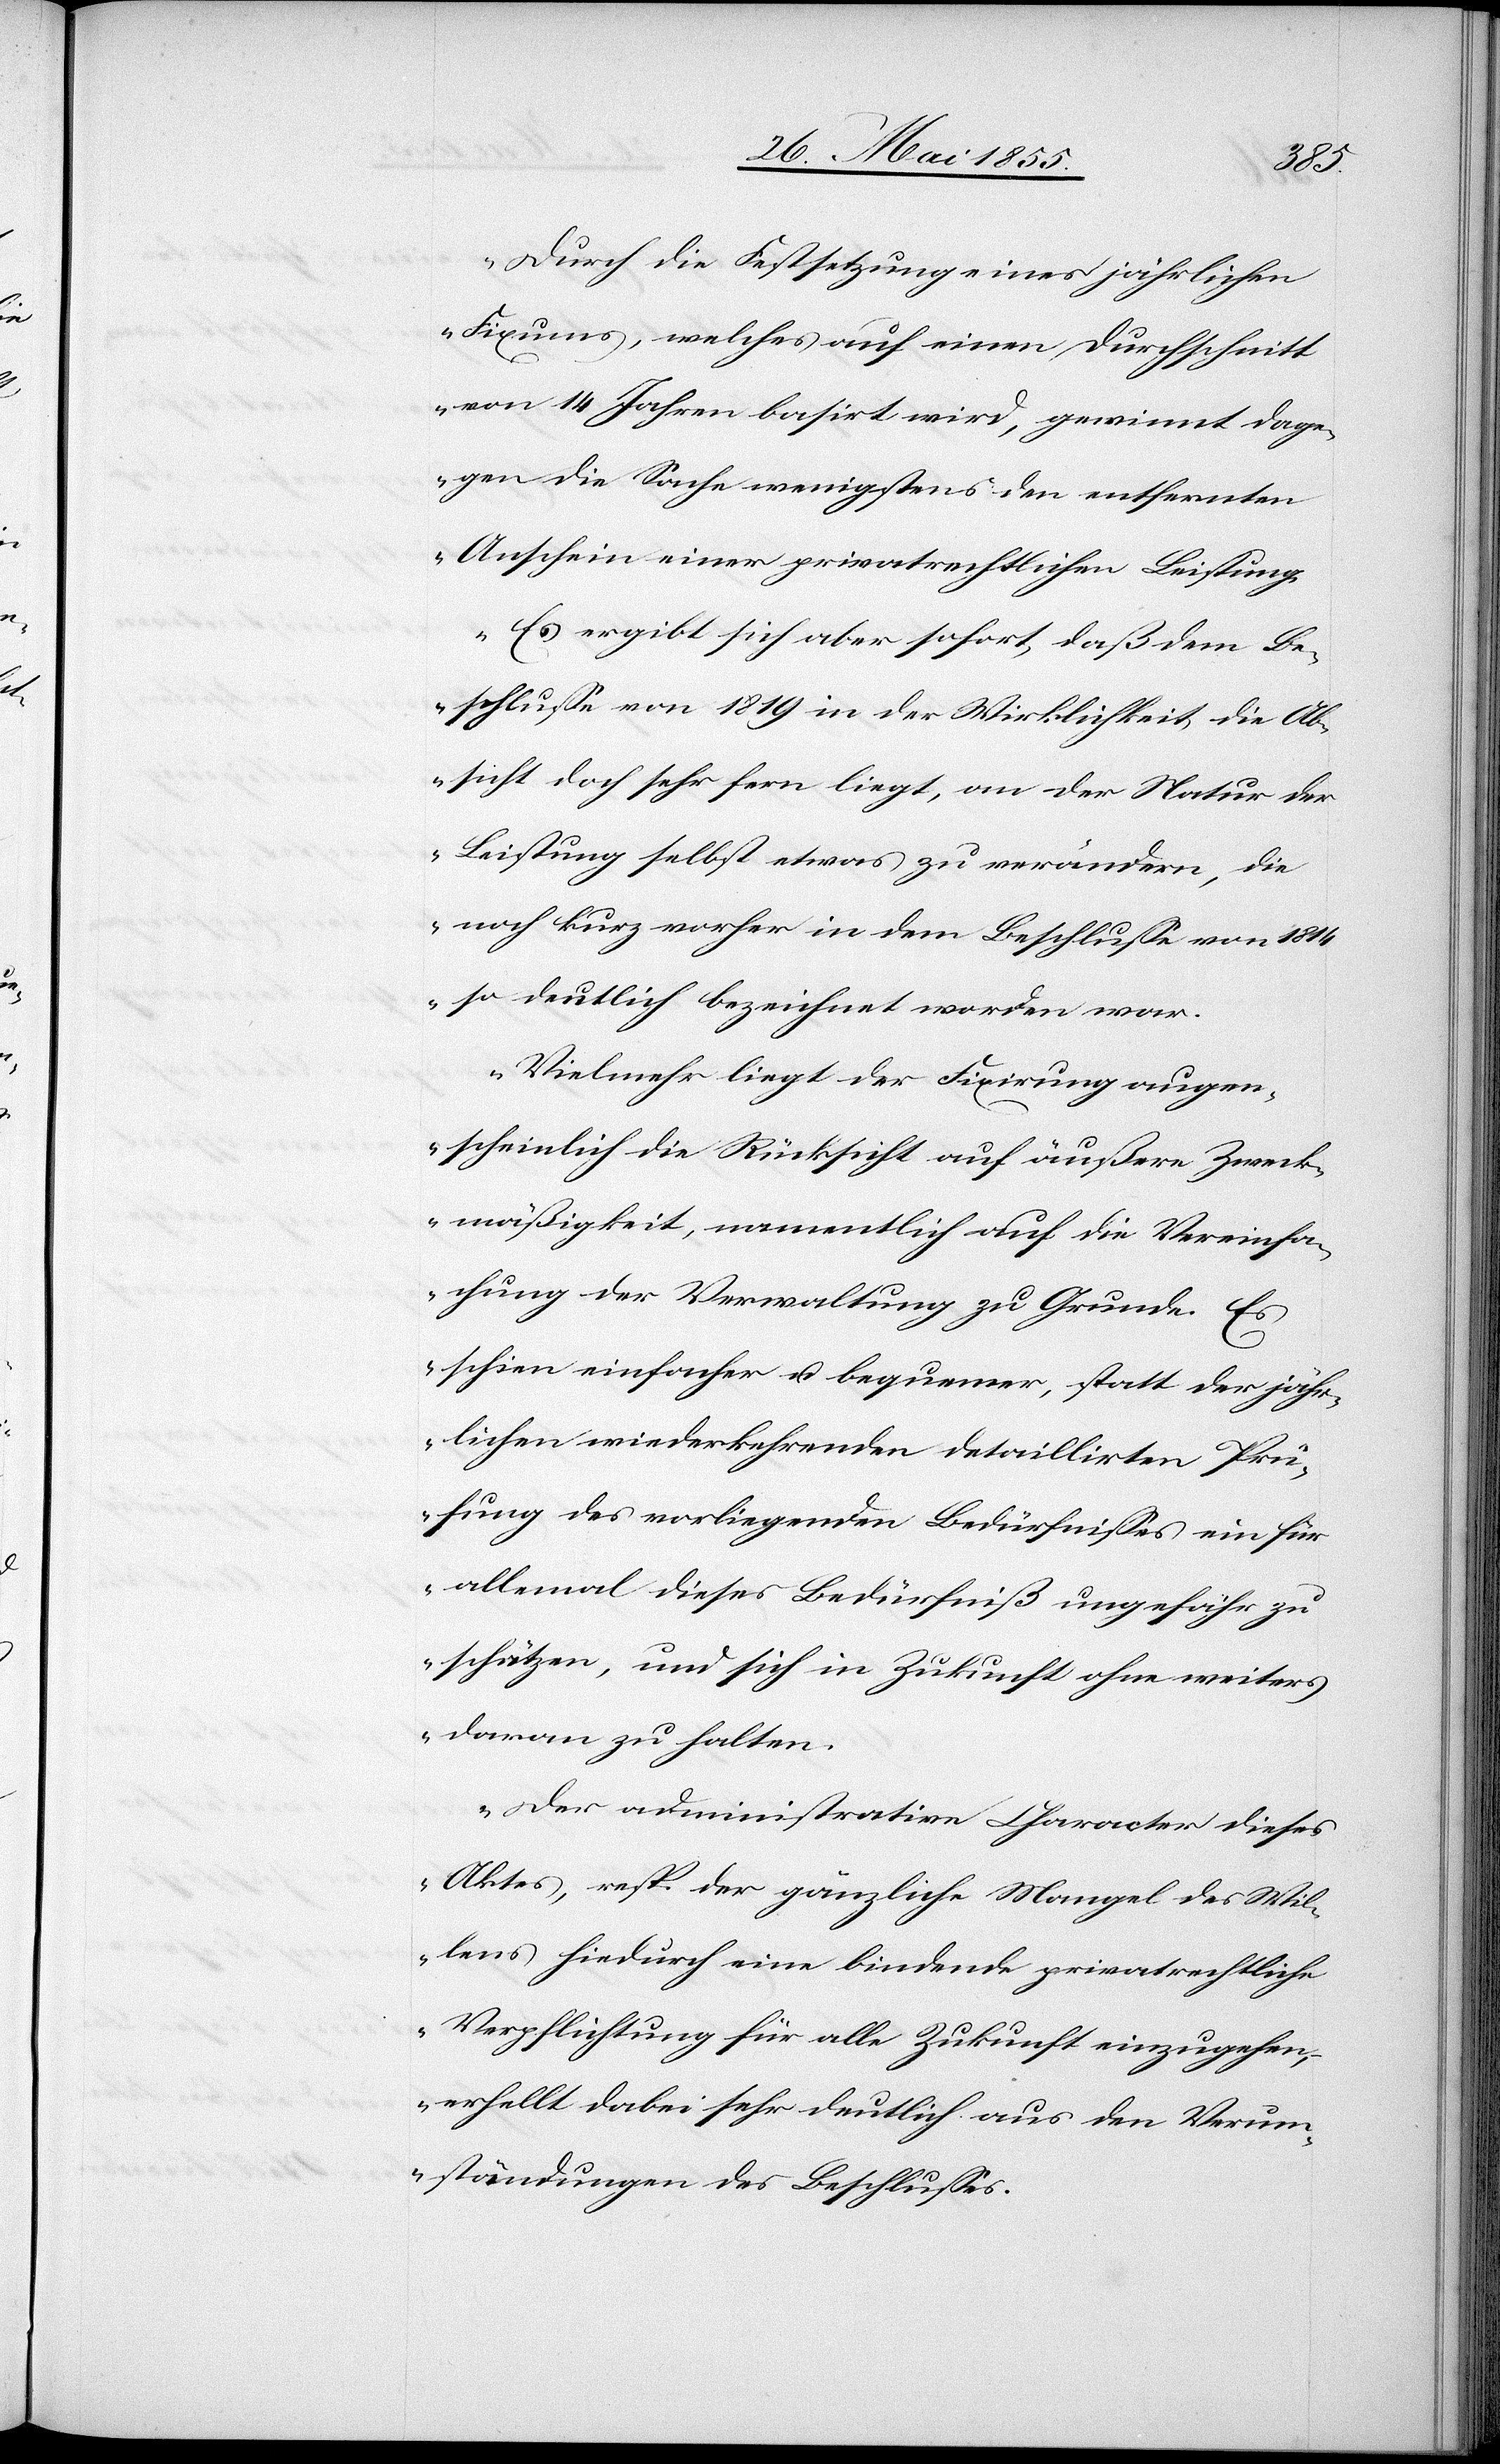
Durch die Festsetzung eines jährlichen
Fixums, welches auf einen Durchschnitt
von 14 Jahren basirt wird, gewinnt dage¬
gen die Sache wenigstens den entfernten
Anschein einer privatrechtlichen Leistung.
Es ergibt sich aber sofort, daß dem Be¬
schlusse von 1819 in der Wirklichkeit die Ab¬
sicht doch sehr fern liegt, an der Natur der
Leistung selbst etwas zu verändern, die
noch kurz vorher in dem Beschlusse von 1814
so deutlich bezeichnet worden war.
Vielmehr liegt der Fixirung augen¬
scheinlich die Rücksicht auf äußere Zweck¬
mäßigkeit, namentlich auf die Vereinfa¬
chung der Verwaltung zu Grunde. Es
schien einfacher u. bequemer, statt der jähr¬
lichen wiederkehrenden detaillirten Prü¬
fung des vorliegenden Bedürfnisses ein für
allemal dieses Bedürfniß ungefähr zu
schätzen, und sich in Zukunft ohne weiters
daran zu halten.
Der administrative Character dieses
Aktes, resp. der gänzliche Mangel des Wil¬
lens hiedurch eine bindende privatrechtliche
Verpflichtung für alle Zukunft einzugehen,
erhellt dabei sehr deutlich aus den Verum¬
ständungen des Beschlusses.